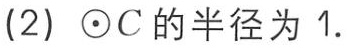
(2) $\odot C$ 的半径为 1.